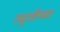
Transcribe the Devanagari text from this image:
रघुजीच्या